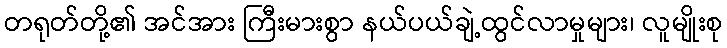
တရုတ်တို့၏ အင်အား ကြီးမားစွာ နယ်ပယ်ချဲ့ထွင်လာမှုများ၊ လူမျိုးစု